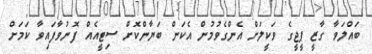
ބައްލަވާ ގާޒީ ޕީޖީގެ ވަކީލަށް އެންގެވުމުން އެކަން ބަޔާންކޮށް ސިޓީއެއް ފޮނުވާފައިވާ ކަމަށް